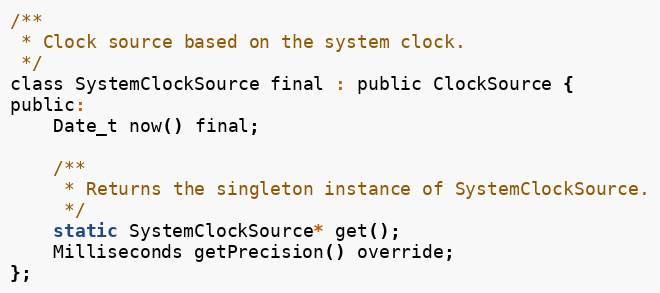
Language: C
/**
 * Clock source based on the system clock.
 */
class SystemClockSource final : public ClockSource {
public:
    Date_t now() final;

    /**
     * Returns the singleton instance of SystemClockSource.
     */
    static SystemClockSource* get();
    Milliseconds getPrecision() override;
};